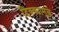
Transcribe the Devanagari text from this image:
टिक्क्यामुळे